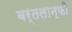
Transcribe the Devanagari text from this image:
बर्तलान्फी